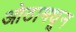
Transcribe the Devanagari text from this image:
ओठामधून